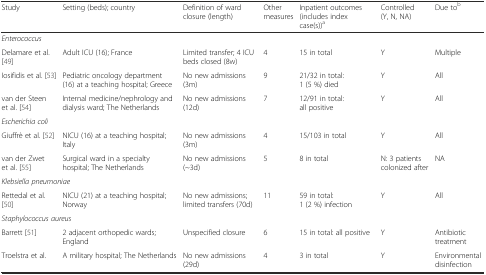
<table><thead><tr><td><b>Study</b></td><td><b>Setting (beds); country</b></td><td><b>Definition of ward closure (length)</b></td><td><b>Other measures</b></td><td><b>Inpatient outcomes (includes index case(s))<sup>a</sup></b></td><td><b>Controlled (Y, N, NA)</b></td><td><b>Due to<sup>b</sup></b></td></tr></thead><tbody><tr><td colspan="7"><i>Enterococcus</i></td></tr><tr><td>Delamare et al. [49]</td><td>Adult ICU (16); France</td><td>Limited transfer; 4 ICU beds closed (8w)</td><td>4</td><td>15 in total</td><td>Y</td><td>Multiple</td></tr><tr><td>Iosifidis et al. [53]</td><td>Pediatric oncology department (16) at a teaching hospital; Greece</td><td>No new admissions (3m)</td><td>9</td><td>21/32 in total: 1 (5 %) died</td><td>Y</td><td>All</td></tr><tr><td>van der Steen et al. [54]</td><td>Internal medicine/nephrology and dialysis ward; The Netherlands</td><td>No new admissions (12d)</td><td>7</td><td>12/91 in total: all positive</td><td>Y</td><td>All</td></tr><tr><td colspan="7"><i>Escherichia coli</i></td></tr><tr><td>Giuffrè et al. [52]</td><td>NICU (16) at a teaching hospital; Italy</td><td>No new admissions (3m)</td><td>4</td><td>15/103 in total</td><td>Y</td><td>All</td></tr><tr><td>van der Zwet et al. [55]</td><td>Surgical ward in a specialty hospital; The Netherlands</td><td>No new admissions (~3d)</td><td>5</td><td>8 in total</td><td>N: 3 patients colonized after</td><td>NA</td></tr><tr><td colspan="7"><i>Klebsiella pneumoniae</i></td></tr><tr><td>Rettedal et al. [50]</td><td>NICU (21) at a teaching hospital; Norway</td><td>No new admissions; limited transfers (70d)</td><td>11</td><td>59 in total: 1 (2 %) infection</td><td>Y</td><td>All</td></tr><tr><td colspan="7"><i>Staphylococcus aureus</i></td></tr><tr><td>Barrett [51]</td><td>2 adjacent orthopedic wards; England</td><td>Unspecified closure</td><td>6</td><td>15 in total: all positive</td><td>Y</td><td>Antibiotic treatment</td></tr><tr><td>Troelstra et al. </td><td>A military hospital; The Netherlands</td><td>No new admissions (29d)</td><td>4</td><td>3 in total</td><td>Y</td><td>Environmental disinfection</td></tr></tbody></table>